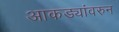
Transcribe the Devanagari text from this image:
आकड्यांवरुन